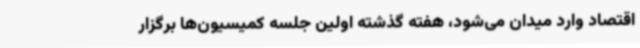
اقتصاد وارد میدان می‌شود، هفته گذشته اولین جلسه کمیسیون‌ها برگزار